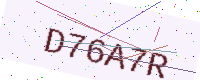
Text: D76A7R